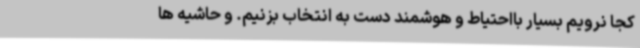
کجا نرویم بسیار بااحتیاط و هوشمند دست به انتخاب بزنیم. و حاشیه ها